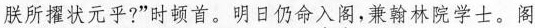
联所擢状元平?”时顿首。明日仍命入阁，兼翰林院学士。阁